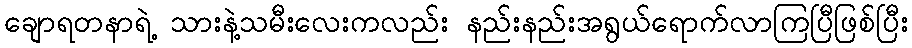
ချောရတနာရဲ့ သားနဲ့သမီးလေးကလည်း နည်းနည်းအရွယ်ရောက်လာကြပြီဖြစ်ပြီး